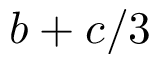
b + c / 3